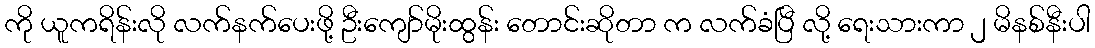
ကို ယူကရိန်းလို လက်နက်ပေးဖို့ ဦးကျော်မိုးထွန်း တောင်းဆိုတာ က လက်ခံပြီ လို့ ရေးသားကာ ၂ မိနစ်နီးပါ